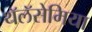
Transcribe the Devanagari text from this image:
थॅलॅसेमिया